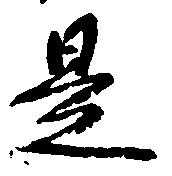
是